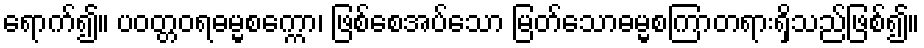
ရောက်၍။ ပဝတ္တဝရဓမ္မစက္ကော၊ ဖြစ်စေအပ်သော မြတ်သောဓမ္မစကြာတရားရှိသည်ဖြစ်၍။